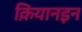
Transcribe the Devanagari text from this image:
क़ियानइन